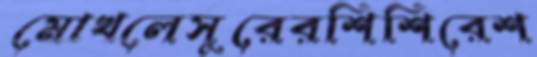
মোখলেসুরেরশিশিরেশ